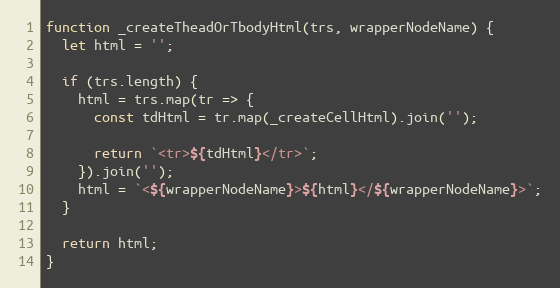
Language: JavaScript
function _createTheadOrTbodyHtml(trs, wrapperNodeName) {
  let html = '';

  if (trs.length) {
    html = trs.map(tr => {
      const tdHtml = tr.map(_createCellHtml).join('');

      return `<tr>${tdHtml}</tr>`;
    }).join('');
    html = `<${wrapperNodeName}>${html}</${wrapperNodeName}>`;
  }

  return html;
}